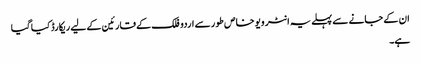
ان کے جانے سے پہلے یہ انٹر ویو خاص طور سے اردو فلک کے قارئین کے لیے ریکارڈ کیا گیا
ہے۔